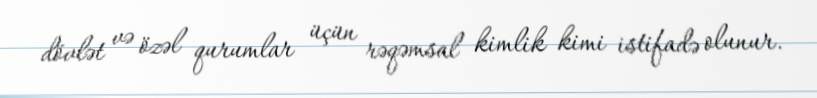
dövlət və özəl qurumlar üçün rəqəmsal kimlik kimi istifadə olunur.